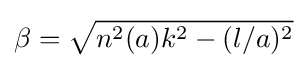
\beta ={\sqrt {n^{2}(a)k^{2}-(l/a)^{2}}}